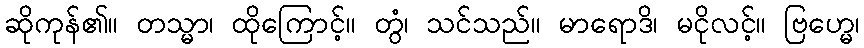
ဆိုကုန်၏။ တသ္မာ၊ ထိုကြောင့်။ တွံ၊ သင်သည်။ မာရောဒိ၊ မငိုလင့်။ ဗြဟ္မေ၊